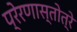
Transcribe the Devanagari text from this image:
प्रेरणास्तोत्रे